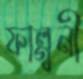
ফাল্গুনী